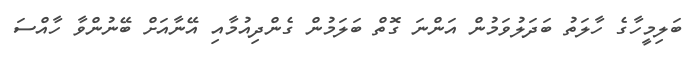
ބަލިމީހާގެ ހާލަތު ބަދަލުވަމުން އަންނަ ގޮތް ބަލަމުން ގެންދިއުމާއި އޭނާއަށް ބޭނުންވާ ހާއްސަ